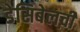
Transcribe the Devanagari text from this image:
डेसिबेलची